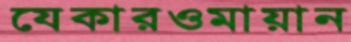
যেকারওমায়ান